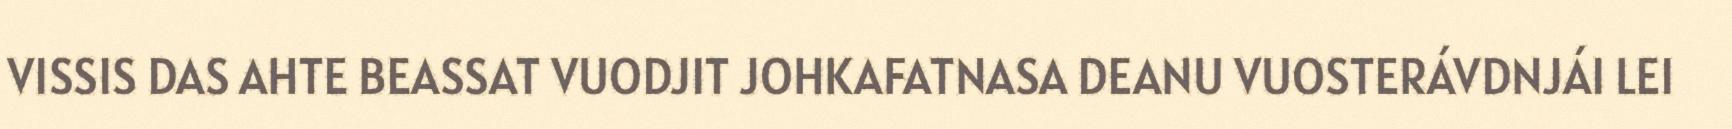
VISSIS DAS AHTE BEASSAT VUODJIT JOHKAFATNASA DEANU VUOSTERÁVDNJÁI LEI